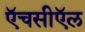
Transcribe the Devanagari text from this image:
ऍचसीऍल